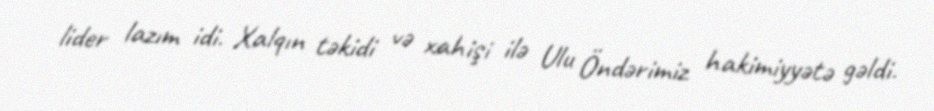
lider lazım idi. Xalqın təkidi və xahişi ilə Ulu Öndərimiz hakimiyyətə gəldi.